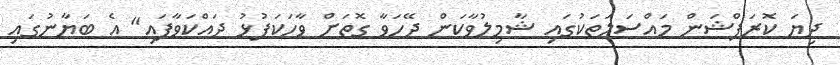
ދިޔަ ކޮރަޕްޝަން މައްސަލަތަކުގައި ޝާމިލުވާކަން ދޭހަވާ ގޮތަށް ވާހަކަފުޅު ދައްކަވާފައި" އެ ބަޔާނުގައި